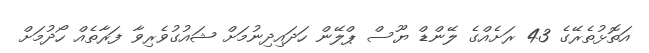
އަތޮޅުތެރޭގެ 43 ރަށެއްގެ ލޭންޑް ޔޫސް ޕްލޭން ހަދައިދިނުމަށް ޝައުގުވެރިވާ ފަރާތެއް ހޯދުމަށް